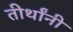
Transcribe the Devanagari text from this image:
तीर्थांनी